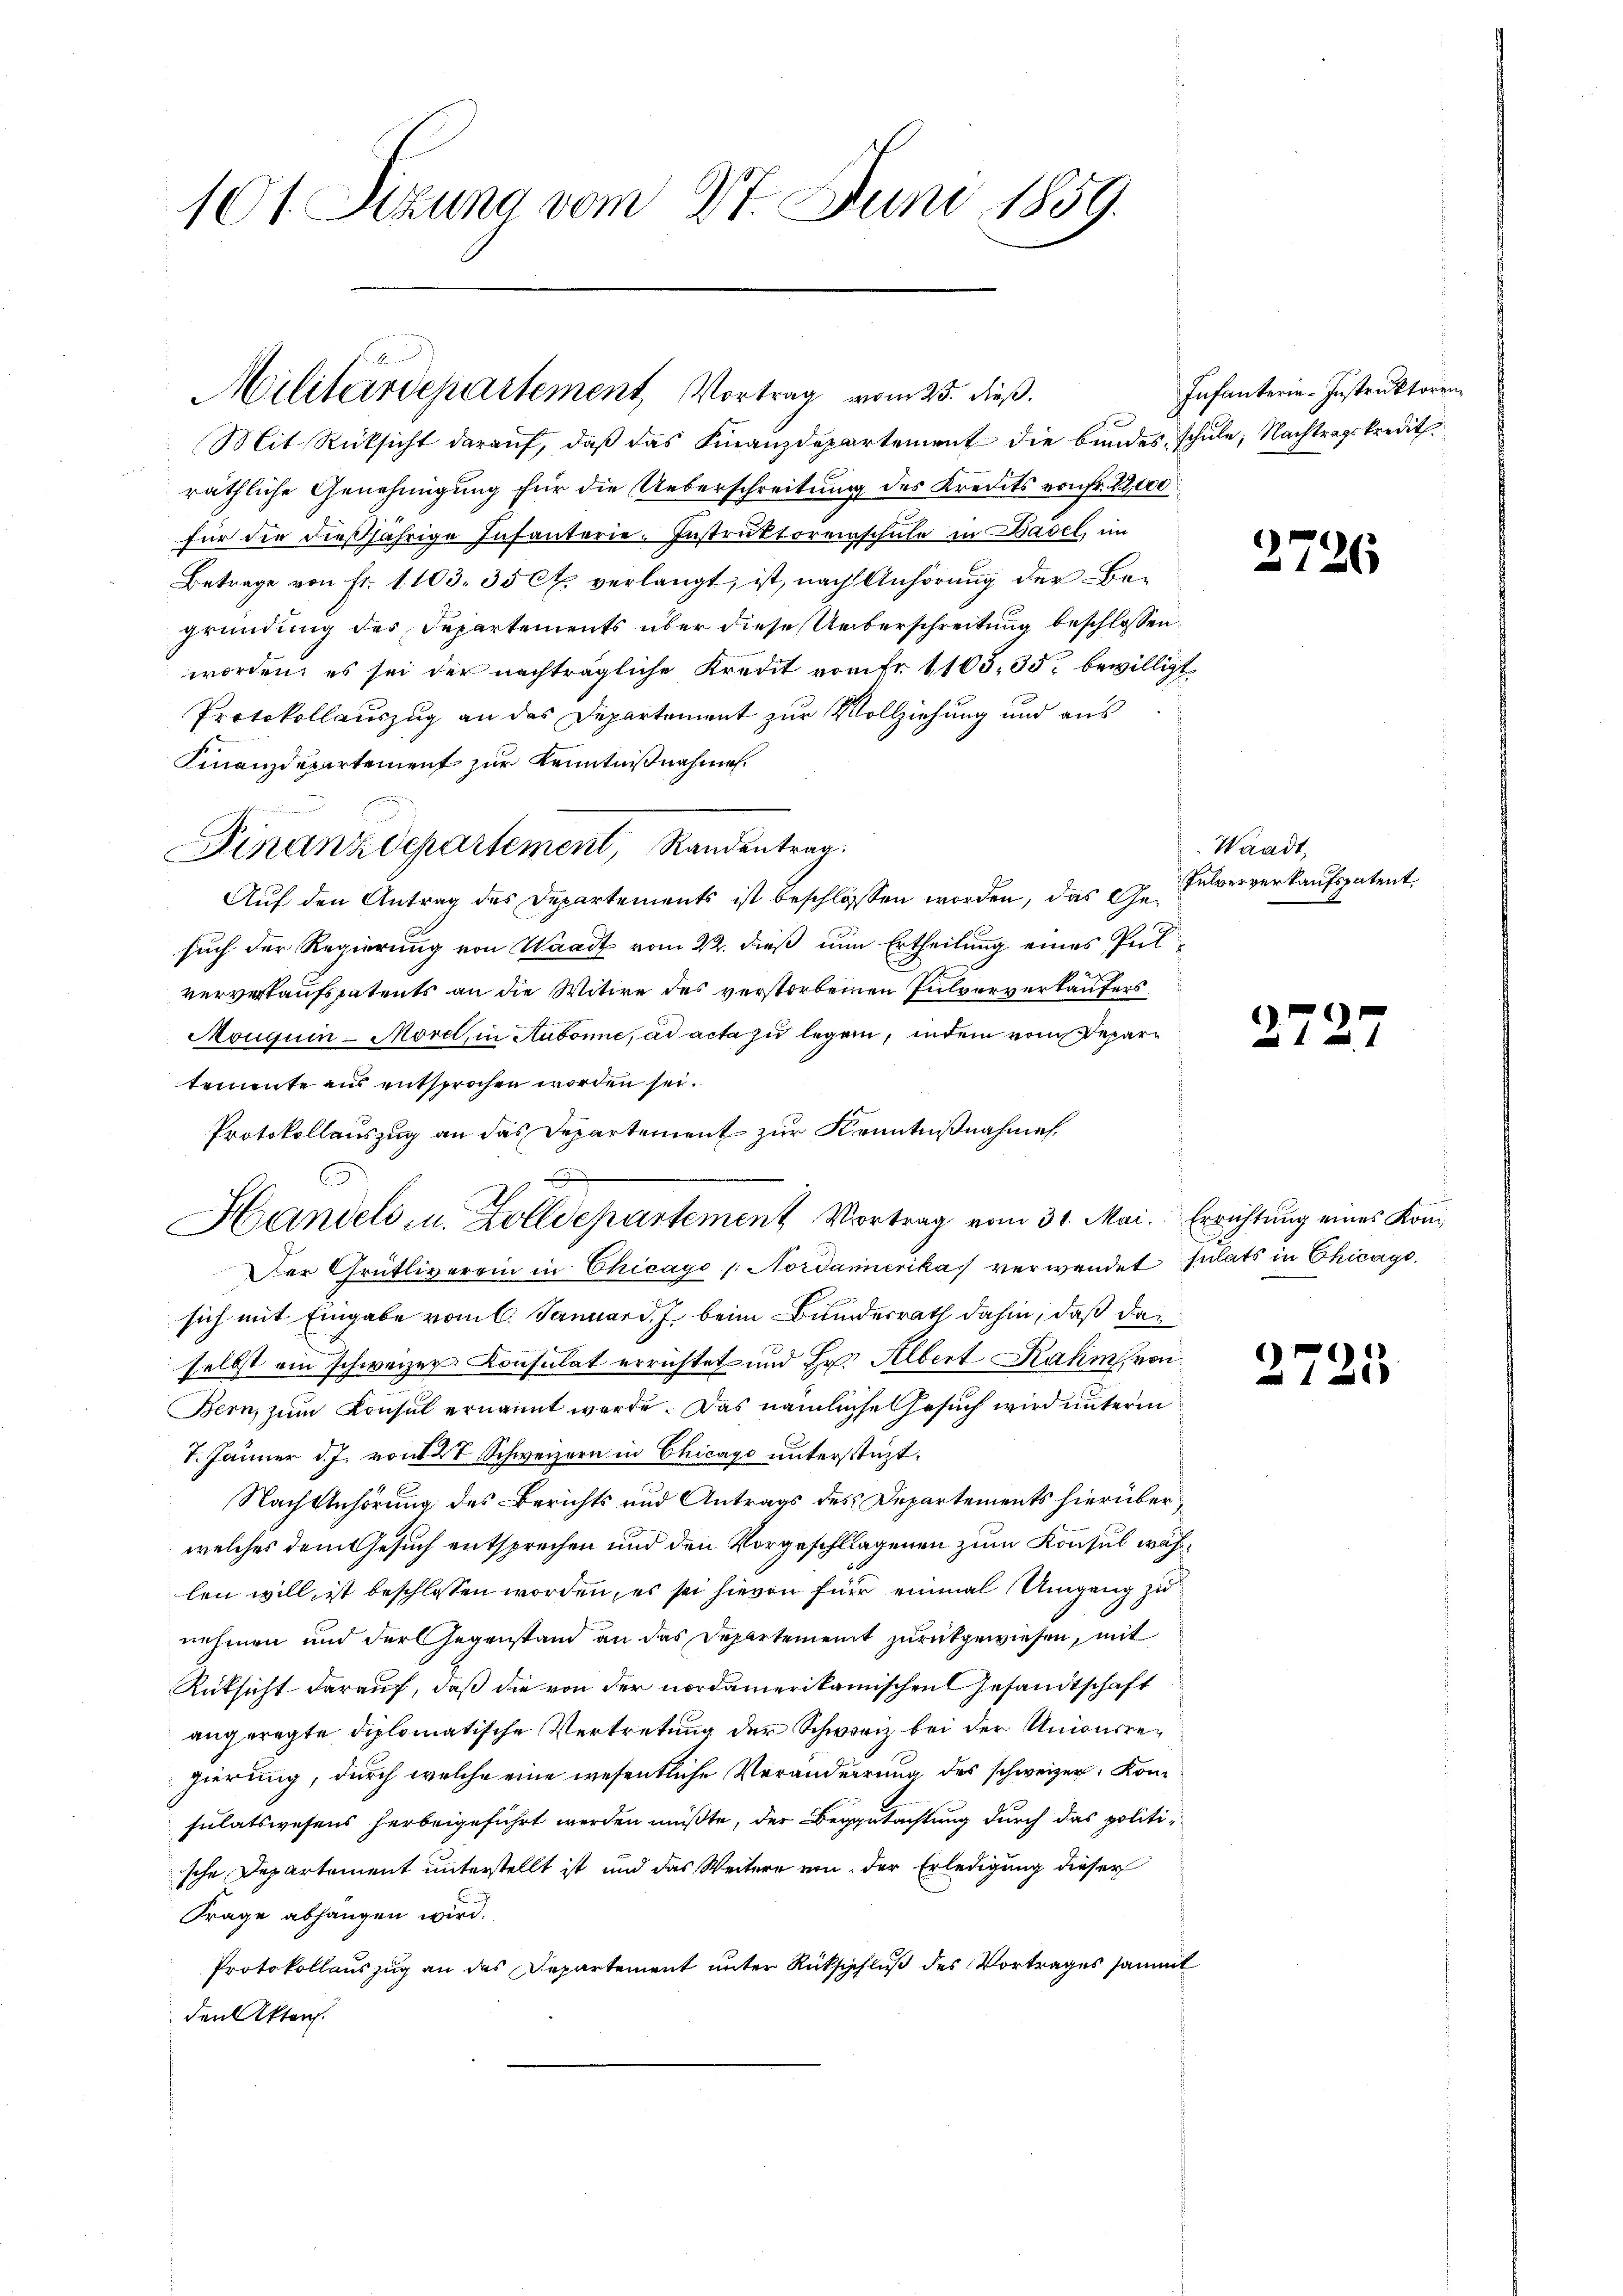
101 Sizung vom 27. Juni 1859.

Militärdepartement Vortrag vom 25. dieß.

Mit Rücksicht darauf, daß das Finanzdepartement die bundes schule, Nachtragskredith
räthliche Genehmigung für die Ueberschreitung des Kredits von Fr. 22,000
für die dießjährige Infanterie-Instruktoreinschule in Basel, im
Betrage von Fr. 1. 103. 35 Ct. verlangt, ist, nach Anhörung der Begründung des Departements über diese Ueberschreitung beschlossen
worden, es sei der nachträgliche Kredit vom fr. 1105. 35. bewilligt
Protokollauszug an das Departement zur Vollziehung und aus
Finanzdepartement zur Kenntnißnahme.
Auf den Antrag des Departements ist beschlossen worden, das Gesuch der Regierung von Waadt vom 22. dieß um Ertheilung eines Pulververkaufspatents an die Witwe des verstorbenen Pulververkäufers
Mouquin-Morel, in Aubonne, ad acta zu legen, indem vom Departemente aus entsprochen worden sei.
Protokollauszug an das Departement zur Kenntnißnahme
Handeli, u. Zolldepartement Vortrag vom 31. Mai. Errichtung eines Kom¬
Der Grütliverein in Chicago / Nordamerikas verwendet sulats in Chicago,
sich mit Eingabe vom 6. Januar d. J. beim Bundesrath dahin, daß das
selbst ein schweizer Consulat errichtet und Hr. Albert Rahm, von
Bern, zum Konsul ernannt werde. Das nämliche Gesuch wird unterm
7. Jänner d. J. von 27 Schweizern in Chicago unterstüzt.
Nach Anhörung des Berichts und Antrags des Departements hierüberwelches dem Gesuch entsprechen und den Vorgeschlagenen zum Konsul wählen will, ist beschlossen worden, es sei hievon für einmal Umgang zu
nehmen und der Gegenstand an das Departement zurückgewiesen, mit
Rüksicht darauf, daß die von der nordamerikanischen Gesandtschaft
angeregte diplomatische Vertretung der Schweriz bei der Unionsregierung, durch welche eine wesentliche Veränderrung des schweizer, Konsulatswesens herbeigeführt werden müßte, der Begutachtung durch das politische Departement unterstellt ist und das Weitere von der Erledigung dieser
Frage abhängen wird.
Protokollauszug an das Departement unter Rückschluß des Vortrages sammt
den Akten.

Finanzdepartement, Randentrag.

Infanterie-Instruktoren

2726

Waadt,
Fulververkaufspatent,

.

G

e
ad 4